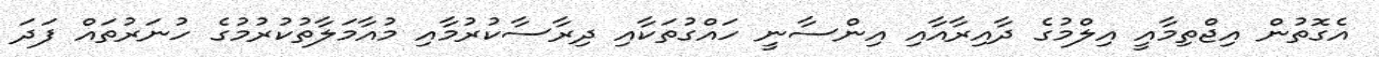
އެގޮތުން އިޖްތިމާއީ އިލްމުގެ ދާއިރާއާއި އިންސާނީ ހައްގުތަކާއި ދިރާސާކުުރުމާއި މުއާމަލާތުކުރުމުގެ ހުނަރުތައް ފަަދަ